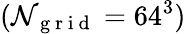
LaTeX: (\mathcal{N}_{\mathrm{{~g~r~i~d~}}}=64^{3})